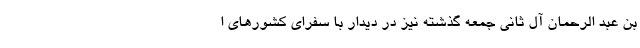
بن عبد الرحمان آل ثانی جمعه گذشته نیز در دیدار با سفرای کشورهای ا